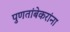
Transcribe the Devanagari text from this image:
पुणतांबेकरांना